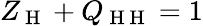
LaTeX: Z_{\mathrm{~H~}}+Q_{\mathrm{~H~H~}}=1